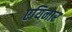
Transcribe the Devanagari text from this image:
एयिनार